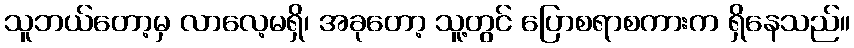
သူဘယ်တော့မှ လာလေ့မရှိ၊ အခုတော့ သူ့တွင် ပြောစရာစကားက ရှိနေသည်။